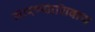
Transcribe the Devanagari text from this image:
मारण्याशिवाय